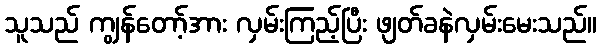
သူသည် ကျွန်တော့်အား လှမ်းကြည့်ပြီး ဖျတ်ခနဲလှမ်းမေးသည်။